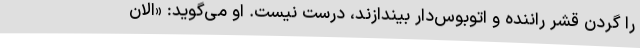
را گردن قشر راننده و اتوبوس‌دار بیندازند، درست نیست. او می‌گوید: «الان